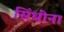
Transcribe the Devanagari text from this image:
सिंधींना